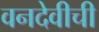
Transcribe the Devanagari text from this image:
वनदेवीची